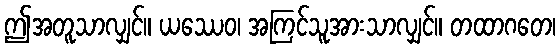
ဤအတူသာလျှင်။ ယဿေဝ၊ အကြင်သူအားသာလျှင်။ တထာဂတေ၊